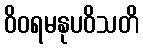
ဝိဝရမနုပဝိသတိ